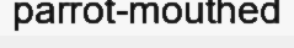
parrot-mouthed